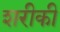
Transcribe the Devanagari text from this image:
शरीकी